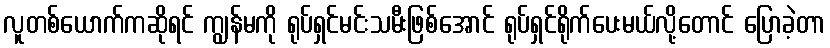
လူတစ်ယောက်ကဆိုရင် ကျွန်မကို ရုပ်ရှင်မင်းသမီးဖြစ်အောင် ရုပ်ရှင်ရိုက်ပေးမယ်လို့တောင် ပြောခဲ့တာ